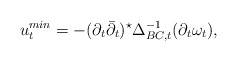
\begin{align*}u_t ^{min}= -(\partial_t \bar\partial_t)^{\star}\Delta_{BC, t}^{-1} (\partial_t \omega_t),\end{align*}